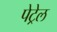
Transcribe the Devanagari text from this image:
पेट्रेल